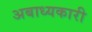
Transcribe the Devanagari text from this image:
अबाध्यकारी